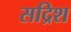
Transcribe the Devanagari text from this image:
सद्रिश